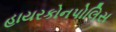
હાયરકોનપોલિસ